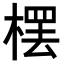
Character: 𣘓